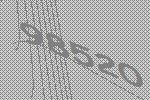
98520